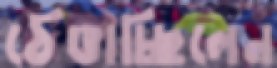
ঠেঙাচ্ছিলেন